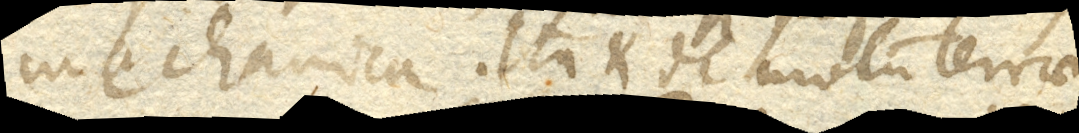
mechanica. Ita et de motu terrae.